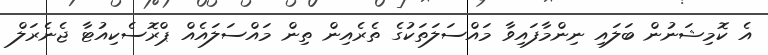
އެ ކޮމިޝަނުން ބަލައި ނިންމާފައިވާ މައްސަލަތަކުގެ ތެރެއިން ތިން މައްސަލައެއް ޕްރޮސެކިއުޓާ ޖެނެރަލް